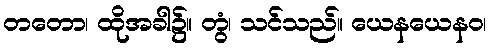
တတော၊ ထိုအခါ၌။ တွံ၊ သင်သည်။ ယေနယေနဝ၊